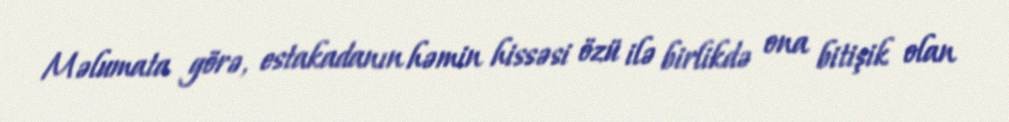
Məlumata görə, estakadanın həmin hissəsi özü ilə birlikdə ona bitişik olan